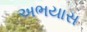
અભયાસ